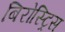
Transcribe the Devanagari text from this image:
बिरोस्ट्रिस